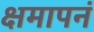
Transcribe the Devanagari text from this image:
क्षमापनं